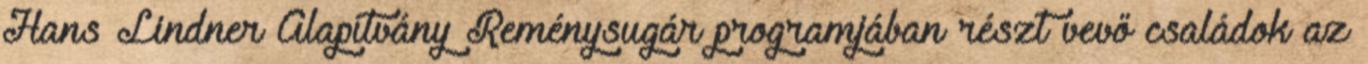
Hans Lindner Alapítvány Reménysugár programjában részt vevő családok az